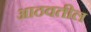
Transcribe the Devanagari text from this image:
आठवतील